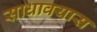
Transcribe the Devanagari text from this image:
साधावयास